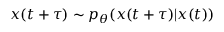
x ( t + \tau ) \sim p _ { \theta } ( x ( t + \tau ) | x ( t ) )